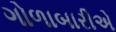
ગોળાબારીએ